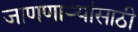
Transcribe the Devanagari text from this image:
जाणणार्‍यांसाठी